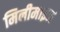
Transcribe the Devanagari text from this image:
मिनीमाइज